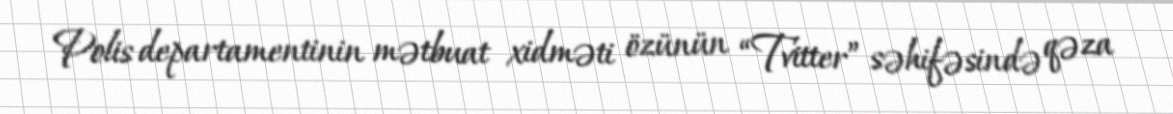
Polis departamentinin mətbuat xidməti özünün “Tvitter” səhifəsində qəza